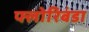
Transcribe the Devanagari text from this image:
फ्लोरिबंडा